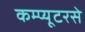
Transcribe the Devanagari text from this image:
कम्प्यूटरसे